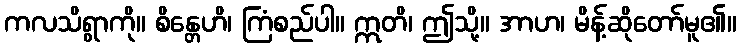
ကလသိရွာကို။ စိန္တေဟိ၊ ကြံစည်ပါ။ ဣတိ၊ ဤသို့။ အာဟ၊ မိန့်ဆိုတော်မူ၏။